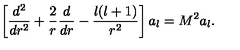
\left[ { \frac { d ^ { 2 } } { d r ^ { 2 } } } + { \frac { 2 } { r } } { \frac { d } { d r } } - { \frac { l ( l + 1 ) } { r ^ { 2 } } } \right] a _ { l } = M ^ { 2 } a _ { l } .